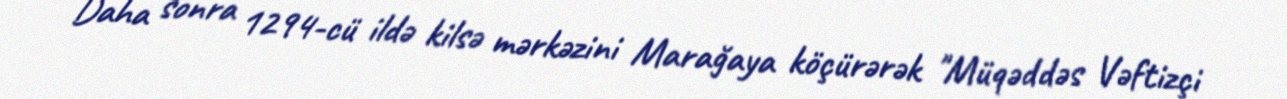
Daha sonra 1294-cü ildə kilsə mərkəzini Marağaya köçürərək "Müqəddəs Vəftizçi